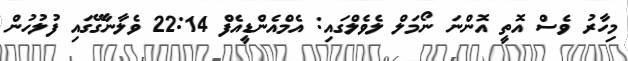
މިހާރު ވެސް އޮތީ އޮންނަ ނޯމަލް ލެވެލްގައި: އެމްއެންޑީއެފް 22:14 ވެލާނާގޭގައި ފުލުހުން